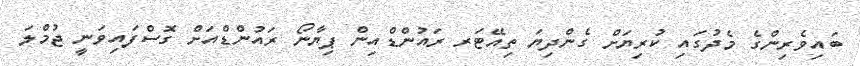
ބައިވެރިންގެ މެދުގައި ކުރިޔަށް ގެންދިޔަ ތިއޭޓަރ ރައުންޑްއިން ޕިޔާނޯ ރައުންޑްއަށް ގޮސްފައިވަނީ ޖުމްލަ